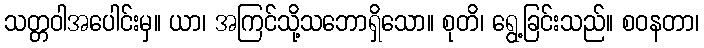
သတ္တဝါအပေါင်းမှ။ ယာ၊ အကြင်သို့သဘောရှိသော။ စုတိ၊ ရွေ့ခြင်းသည်။ စဝနတာ၊